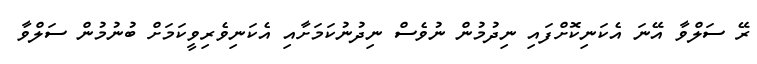
ރޭ ސަލްވާ އޭނަ އެކަނިކޮށްފައި ނިދުމުން ނުވެސް ނިދުނުކަމަށާއި އެކަނިވެރިވީކަމަށް ބުނުމުން ސަލްވާ